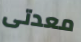
معدتى